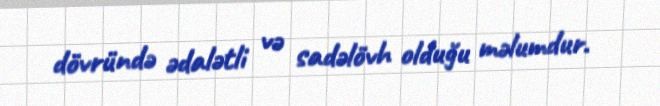
dövründə ədalətli və sadəlövh olduğu məlumdur.